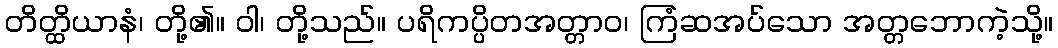
တိတ္ထိယာနံ၊ တို့၏။ ဝါ၊ တို့သည်။ ပရိကပ္ပိတအတ္တာဝ၊ ကြံဆအပ်သော အတ္တဘောကဲ့သို့။